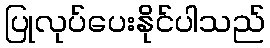
ပြုလုပ်ပေးနိုင်ပါသည်